Vaccination in Bombay 1863-1868 - 1863-1868
Year: 1863
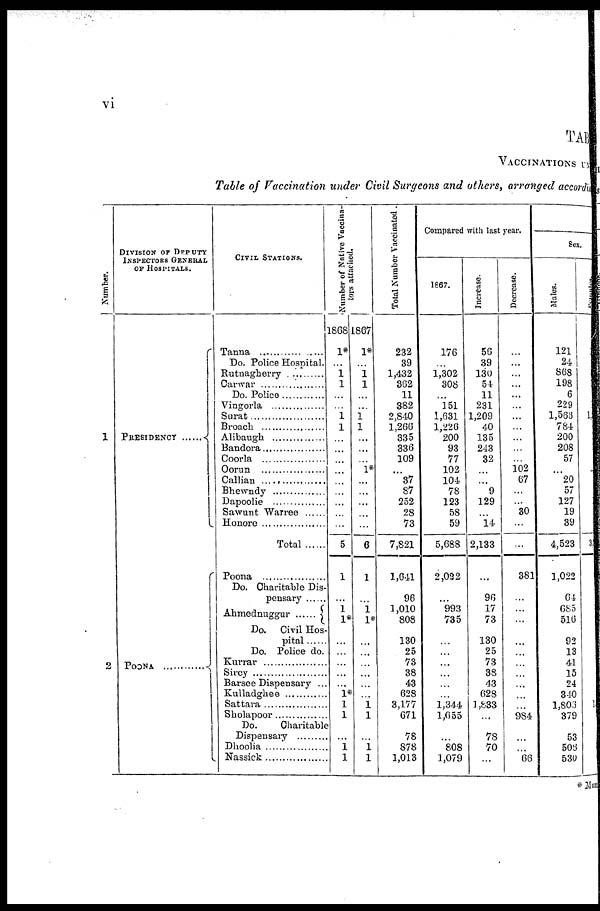
vi
TABLE
VACCINATIONS UN
Table of Vaccination under Civil Surgeons and others, arranged according
Number.
1
2
DIVISION OF DEPUTY
INSPECTORS GENERAL
OF HOSPITALS.
PRESIDENCY ......
POONA ............
CIVIL STATIONS.
Tanna ....................
Do. Police Hospital.
Rutnagherry ............
Carwar ................
Do. Police ............
Vingorla ................
Surat ................
Broach ..................
Alibaugh ............
Bandora ................
Coorla ..................
Oorun ................
Callian
..............
Bhewndy ................
Dapoolie ............
Sawunt Warree ......
Honore ................
Total ......
Poona ............
Do. Charitable Dis-
pensary
......
Ahmednuggur ......
Do. Civil Hos-
pital .....
Do. Police do.
Kurrar ................
Sircy ....................
Barsee Dispensary ...
Kulladghee ............
Sattara ............
Sholapoor ............
Do.
Charitable
Dispensary
......
Dhoolia ................
Nassick ...............
Number of Native Vaccina¬
tors attached.
1868
1*
...
1 1
...
...
1
1
...
...
...
...
...
...
...
...
...
5
1
...
1
1*
...
...
...
...
...
1*
1
1
...
1
1
1867
1*
...
1
1
...
...
1
1
...
...
...
1*
...
...
...
...
...
6
1
...
1
1*
...
...
...
...
...
...
1
1
...
1
1
Total Number Vaccinated.
232
39
1,432
362
11
382
2,840
1,266
335
336
109
...
37
87
252
28
73
7,821
1,641
96
1,010
808
130
25
73
38
43
628
3,177
671
78
878
1,013
Compared with last year.
1867.
176
...
1,302
308
...
151
1,631
1,226
200
93
77
102
104
78
123
58
59
5,688
2,022
...
993
735
...
...
...
...
...
...
1,344
1,655
...
808
1,079
Increase.
56
39
130
54
11
231
1,209
40
135
243
32
...
... 9
129
...
14
2,133
...
96
17
73
130
25
73
38
43
628
1 833
...
78
70
...
Decrease.
...
...
...
...
...
...
...
...
...
...
...
102
67
...
...
30
...
...
381
...
...
...
...
...
...
...
...
...
...
984
...
...
66
Sex.
Males.
121
24
868
198
6
229
1,566
784
200
208
57
...
20
57
127
19
39
4,523
1,022
64
685
516
92
13
41
15
24
340
1,806
379
53
505
530
Female.
1
3
1
*Mun